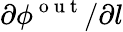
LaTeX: \partial\phi^{\mathrm{~o~u~t~}}/\partial l